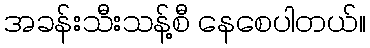
အခန်းသီးသန့်စီ နေစေပါတယ်။